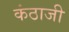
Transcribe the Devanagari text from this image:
कंठाजी